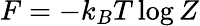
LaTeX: F=-k_{B}T\log Z